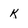
Character: K